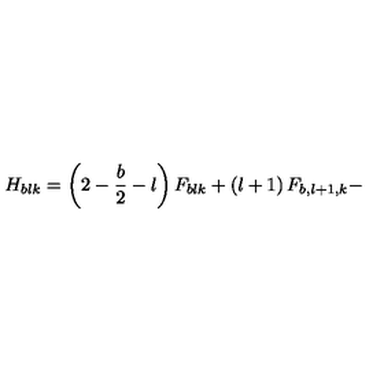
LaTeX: H _ { b l k } = \left( 2 - \frac { b } { 2 } - l \right) F _ { b l k } + \left( l + 1 \right) F _ { b , l + 1 , k } -